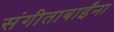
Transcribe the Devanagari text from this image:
संगीताबाईंना